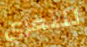
للتعري